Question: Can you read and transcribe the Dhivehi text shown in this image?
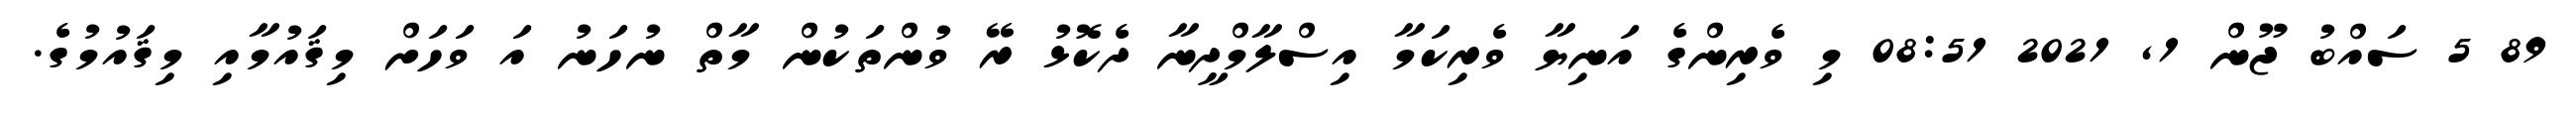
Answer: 89 5 ސައްބު ޖޫން 1, 2021 08:51 މި ވެރިންގެ އަނިޔާ ވެރިކަމާ އިސްލާމްދީނާ ދެކޮޅު ރޭ ވުންތަކުން މާތް ނުހަނު އަ ވަހަށް މިޤައުމާއި މިޤައުމުގެ.